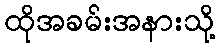
ထိုအခမ်းအနားသို့